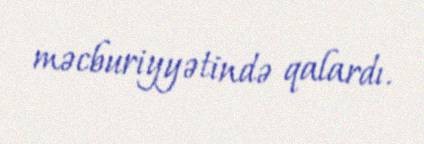
məcburiyyətində qalardı.